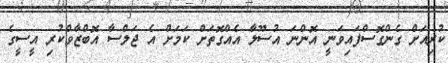
ކުރިއަށް ގެންގޮސްފައިވަނީ އޮންނަ އުސޫލާ އެއްގޮތަށް ކަމަށް އެ ޖަލްސާ އޮބްޒާވްކުރި އީސީގެ